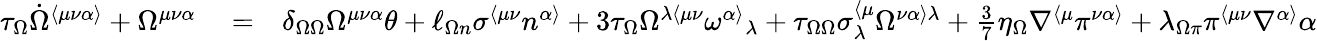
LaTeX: \begin{array}{rlr}{\tau_{\Omega}\dot{\Omega}^{\langle\mu\nu\alpha\rangle}+\Omega^{\mu\nu\alpha}}&{{}=}&{\delta_{\Omega\Omega}\Omega^{\mu\nu\alpha}\theta+\ell_{\Omega n}\sigma^{\langle\mu\nu}n^{\alpha\rangle}+3\tau_{\Omega}\Omega^{\lambda\langle\mu\nu}\omega^{\alpha\rangle}{}_{\lambda}+\tau_{\Omega\Omega}\sigma_{\lambda}^{\langle\mu}\Omega^{\nu\alpha\rangle\lambda}+\frac{3}{7}\eta_{\Omega}\nabla^{\langle\mu}\pi^{\nu\alpha\rangle}+\lambda_{\Omega\pi}\pi^{\langle\mu\nu}\nabla^{\alpha\rangle}\alpha}\end{array}